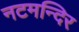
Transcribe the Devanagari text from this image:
नटमन्दिर